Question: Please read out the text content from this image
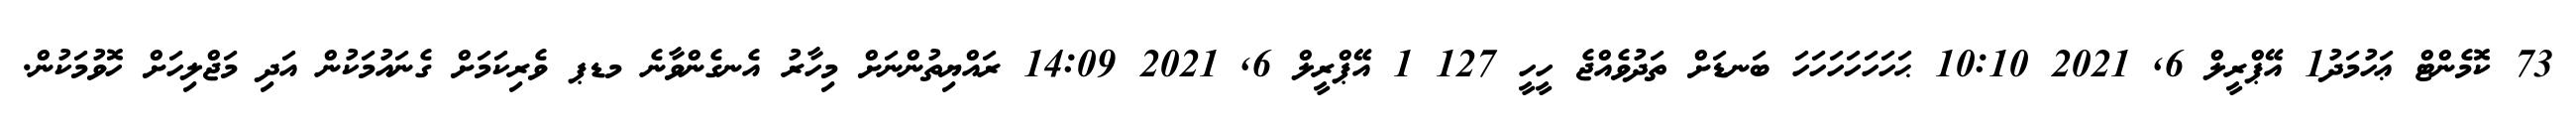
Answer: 73 ކޮމެންޓް ޢަހުމަދު1 އޭޕްރީލް 6, 2021 10:10 ޙަހަހަހަހަހަހަ ބަނޑަށް ތަދުވެއްޖެ ހީހީ 127 1 އޭޕްރީލް 6, 2021 14:09 ރައްޔިތުންނަށް މިހާރު އެނގެންވާނެ މޑޕ ވެރިކަމަށް ގެނައުމަކުން އަދި މަޖްލިހަށް ހޮވުމަކުން.